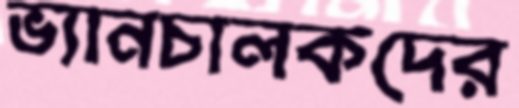
ভ্যানচালকদের